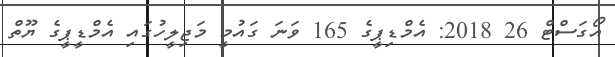
އޯގަސްޓް 26 2018: އެމްޑިޕީގެ 165 ވަނަ ގައުމީ މަޖިލީހުގައި އެމްޑީޕީގެ ޔޫތް